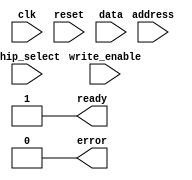
module timing_control_and_sync (
    input wire clk,
    input wire reset,
    input wire [7:0] data,
    input wire [3:0] address,
    input wire write_enable,
    input wire chip_select,
    output wire ready,
    output wire error
);

// Clock Generation Module
reg clk_gen;
always @ (posedge clk) begin
    clk_gen <= ~clk_gen;
end

// Reset Synchronization Module
reg [1:0] sync_reset;
always @ (posedge clk_gen or posedge reset) begin
    if (reset) begin
        sync_reset <= 2'b11;
    end else begin
        sync_reset <= sync_reset << 1;
    end
end

// Clock Domain Crossing Synchronizer Module
reg [7:0] sync_data;
reg [3:0] sync_address;
reg sync_write_enable;
reg sync_chip_select;
always @ (posedge clk_gen) begin
    sync_data <= data;
    sync_address <= address;
    sync_write_enable <= write_enable;
    sync_chip_select <= chip_select;
end

// AHB Bus Controller Logic
// Insert your AHB bus controller logic here

// Output Signals
assign ready = 1'b1; // Placeholder value
assign error = 1'b0; // Placeholder value

endmodule